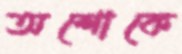
অশোকে